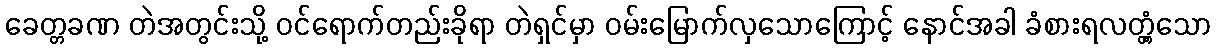
ခေတ္တခဏ တဲအတွင်းသို့ ဝင်ရောက်တည်းခိုရာ တဲရှင်မှာ ဝမ်းမြောက်လှသောကြောင့် နောင်အခါ ခံစားရလတ္တံ့သော